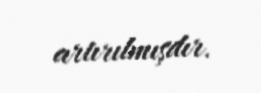
artırılmışdır.